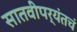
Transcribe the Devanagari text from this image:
सातवीपर्यंतचं